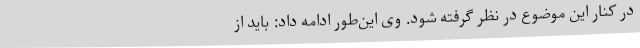
در کنار این موضوع در نظر گرفته شود. وی این‌طور ادامه داد: باید از